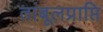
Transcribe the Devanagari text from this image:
तांबूलप्राप्ति